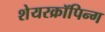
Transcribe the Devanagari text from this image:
शेयरक्रॉपिन्ग